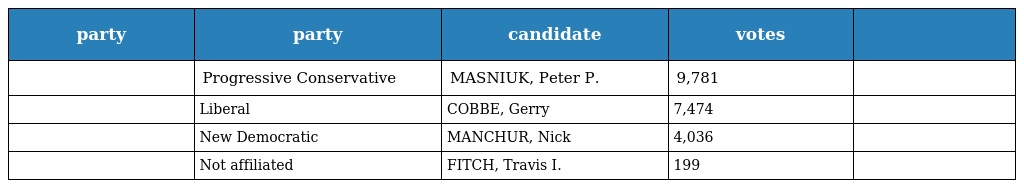
| party | party | candidate | votes |  |
 | --- | --- | --- | --- | --- |
 |  | Progressive Conservative | MASNIUK, Peter P. | 9,781 |  |
 |  | Liberal | COBBE, Gerry | 7,474 |  |
 |  | New Democratic | MANCHUR, Nick | 4,036 |  |
 |  | Not affiliated | FITCH, Travis I. | 199 |  |